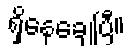
ရှိနေချေပြီ။